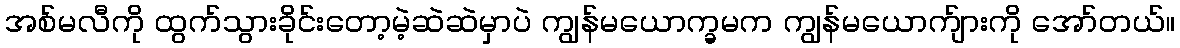
အစ်မလီကို ထွက်သွားခိုင်းတော့မဲ့ဆဲဆဲမှာပဲ ကျွန်မယောက္ခမက ကျွန်မယောက်ျားကို အော်တယ်။